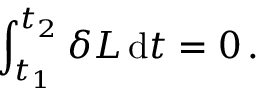
\int _ { t _ { 1 } } ^ { t _ { 2 } } \delta L \, \mathrm { d } t = 0 \, .